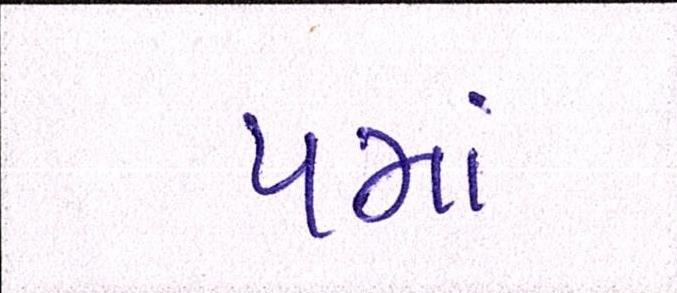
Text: પમાં